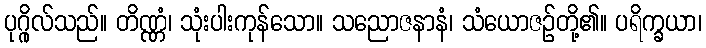
ပုဂ္ဂိုလ်သည်။ တိဏ္ဏံ၊ သုံးပါးကုန်သော။ သညောဇနာနံ၊ သံယောဇဉ်တို့၏။ ပရိက္ခယာ၊